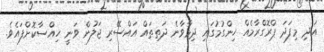
އަދި މިފަދަ ޕްރޮގްރާމެއް ހިންގުމުގައި ދިމާވާނެ ދަތިތައް އައްސޭރި ޖަލުން ވަނީ ހިއްސާކޮށްފައެވެ.